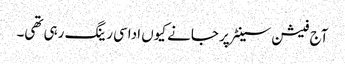
آج فیشن سینٹر پر جانے کیوں اداسی رینگ رہی تھی۔